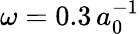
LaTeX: \omega=0.3\, {a_{0}^{-1}}